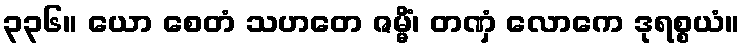
၃၃၆။ ယော စေတံ သဟတေ ဇမ္မိံ၊ တဏှံ လောကေ ဒုရစ္စယံ။